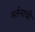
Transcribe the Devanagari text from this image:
नर्तनाची